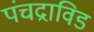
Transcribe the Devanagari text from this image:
पंचद्राविड